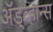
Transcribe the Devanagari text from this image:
ॲड्व्हान्स